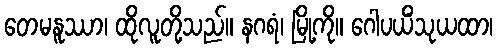
တေမနူဿာ၊ ထိုလူတို့သည်။ နဂရံ၊ မြို့ကို။ ဂေါပယိံသုယထာ၊